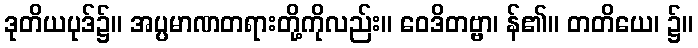
ဒုတိယပုဒ်၌။ အပ္ပမာဏတရားတို့ကိုလည်း။ ဝေဒိတဗ္ဗာ၊ န်၏။ တတိယေ၊ ၌။